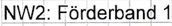
Text: NW2: Förderband 1